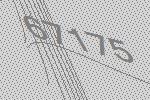
67175